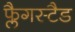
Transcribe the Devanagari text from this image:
फ्लैगस्टैड